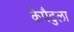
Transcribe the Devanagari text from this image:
कैपैटुला